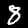
Label: 8